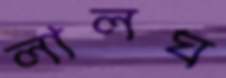
লালঘ